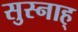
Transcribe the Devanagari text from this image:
सुस्नाह्